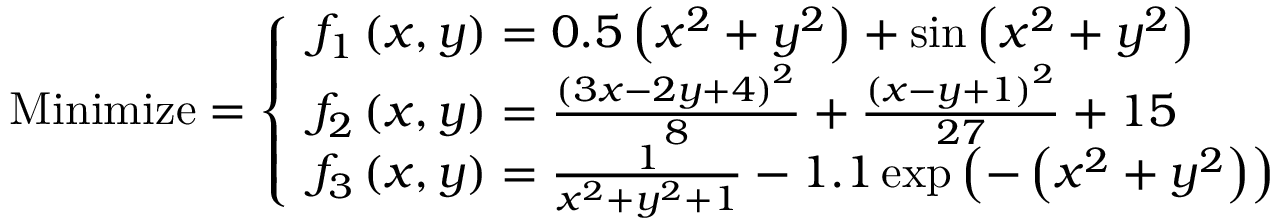
{ \mathrm { M i n i m i z e } } = { \left\{ \begin{array} { l l } { f _ { 1 } \left( x , y \right) = 0 . 5 \left( x ^ { 2 } + y ^ { 2 } \right) + \sin \left( x ^ { 2 } + y ^ { 2 } \right) } \\ { f _ { 2 } \left( x , y \right) = { \frac { \left( 3 x - 2 y + 4 \right) ^ { 2 } } { 8 } } + { \frac { \left( x - y + 1 \right) ^ { 2 } } { 2 7 } } + 1 5 } \\ { f _ { 3 } \left( x , y \right) = { \frac { 1 } { x ^ { 2 } + y ^ { 2 } + 1 } } - 1 . 1 \exp \left( - \left( x ^ { 2 } + y ^ { 2 } \right) \right) } \end{array} \right. }